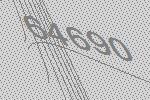
64690